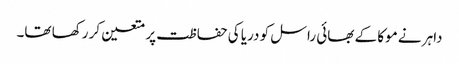
داہر نے موکا کے بھائی راسل کو دریا کی حفاظت پر متعین کر رکھا تھا۔